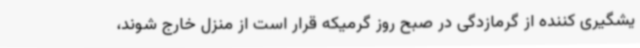
یشگیری کننده از گرمازدگی در صبح روز گرمیکه قرار است از منزل خارج شوند،